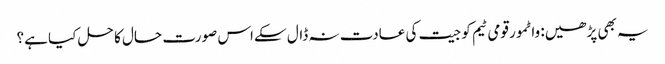
یہ بھی پڑھیں: واٹمور قومی ٹیم کو جیت کی عادت نہ ڈال سکےاس صورت حال کا حل کیا ہے؟